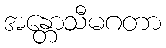
အန္တောသီမဂတာ